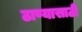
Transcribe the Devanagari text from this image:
ठाण्यासाठी